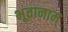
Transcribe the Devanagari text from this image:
भूतानाम्